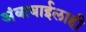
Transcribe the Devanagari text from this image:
अंबाबाईलाही